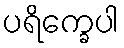
ပရိက္ခေပါ